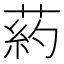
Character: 葯